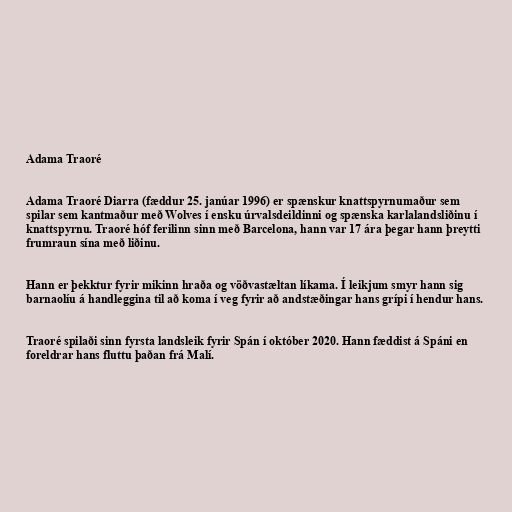
Adama Traoré

Adama Traoré Diarra (fæddur 25. janúar 1996) er spænskur knattspyrnumaður sem
spilar sem kantmaður með Wolves í ensku úrvalsdeildinni og spænska karlalandsliðinu í
knattspyrnu. Traoré hóf ferilinn sinn með Barcelona, hann var 17 ára þegar hann þreytti
frumraun sína með liðinu.

Hann er þekktur fyrir mikinn hraða og vöðvastæltan líkama. Í leikjum smyr hann sig
barnaolíu á handleggina til að koma í veg fyrir að andstæðingar hans grípi í hendur hans.

Traoré spilaði sinn fyrsta landsleik fyrir Spán í október 2020. Hann fæddist á Spáni en
foreldrar hans fluttu þaðan frá Malí.